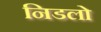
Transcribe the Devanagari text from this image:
निडलो